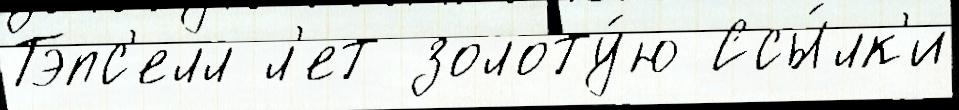
Тэпс'елл л'ет золоту́ю Ссы́лк'и